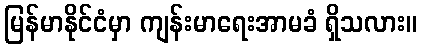
မြန်မာနိုင်ငံမှာ ကျန်းမာရေးအာမခံ ရှိသလား။